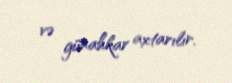
və günahkar axtarılır.